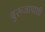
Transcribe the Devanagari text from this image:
बुरूजापाशी